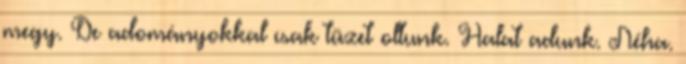
megy. De adományokkal csak tüzet oltunk. Halat adunk. Néha.